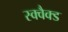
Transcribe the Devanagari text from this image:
स्क्वैक्ड